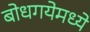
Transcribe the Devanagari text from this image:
बोधगयेमध्ये